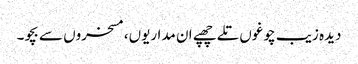
دیدہ زیب چوغوں تلے چھپے ان مداریوں، مسخروں سے بچو۔